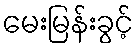
မေးမြန်းခွင့်